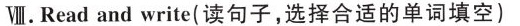
Ⅷ.Read and write(读句子,选择合适的单词填空)